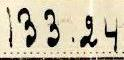
133.24